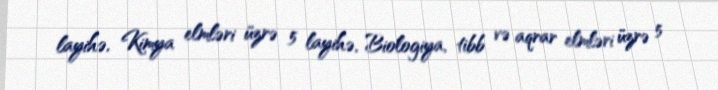
layihə, Kimya elmləri üzrə 5 layihə, Biologiya, tibb və aqrar elmləri üzrə 5